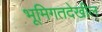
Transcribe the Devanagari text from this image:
भूमिगतदेखील